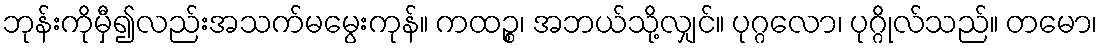
ဘုန်းကိုမှီ၍လည်းအသက်မမွေးကုန်။ ကထဉ္စ၊ အဘယ်သို့လျှင်။ ပုဂ္ဂလော၊ ပုဂ္ဂိုလ်သည်။ တမော၊